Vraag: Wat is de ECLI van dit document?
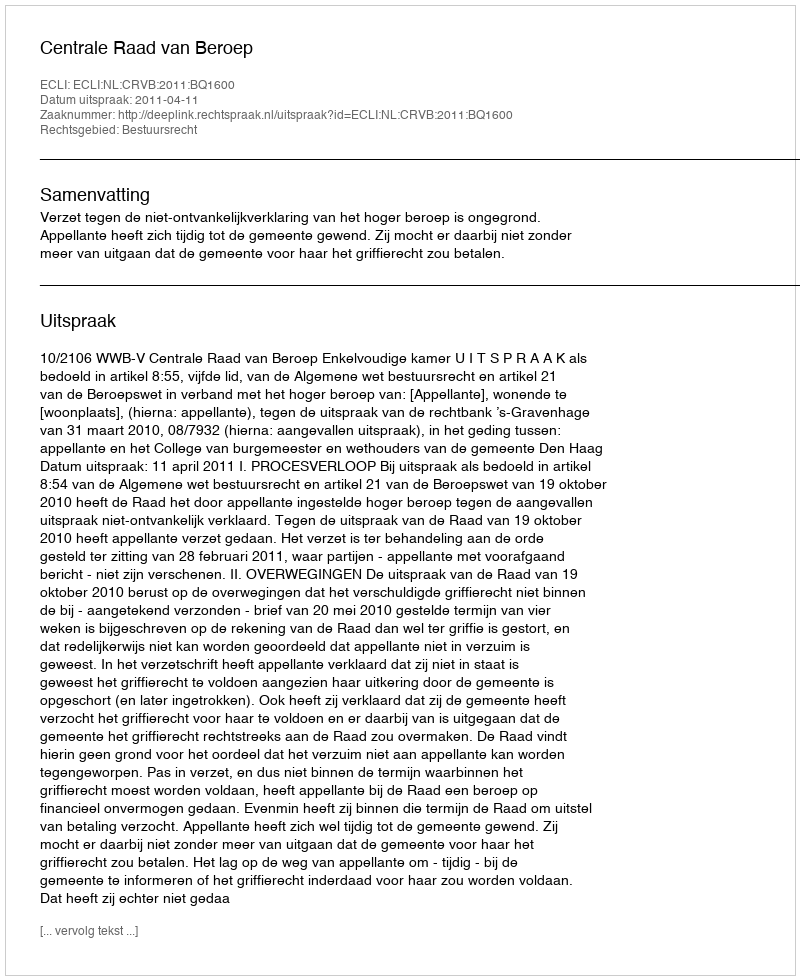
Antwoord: ECLI:NL:CRVB:2011:BQ1600